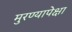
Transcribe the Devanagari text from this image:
मुरण्यापेक्षा